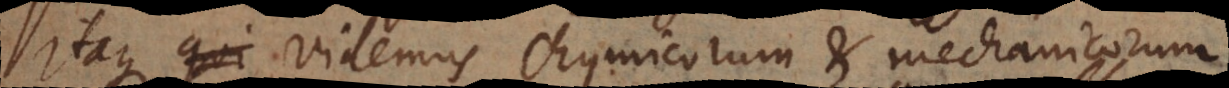
Itaque qui videmus chymicorum et mechanicorum